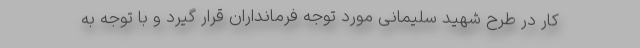
کار در طرح شهید سلیمانی مورد توجه فرمانداران قرار گیرد و با توجه به